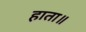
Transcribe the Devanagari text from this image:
हाता॥